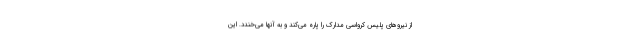
از نیروهای پلیس کرواسی مدارک را پاره می‌کند و به آنها می‌خندد. این